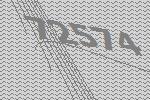
72574